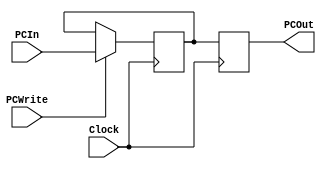
module PC (PCIn, PCOut, PCWrite, Clock);

  input [7:0] PCIn;
  output reg [7:0] PCOut;
  input PCWrite, Clock;

  reg [7:0] PC;

  always @(posedge Clock) begin
    if(PCWrite)
      PC = PCIn;
  end

  always @(negedge Clock) begin
    PCOut = PC;
  end

endmodule